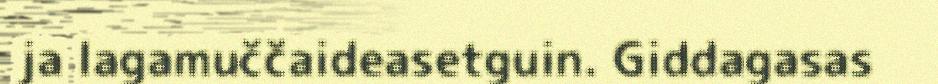
ja lagamuččaideasetguin. Giddagasas